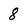
Character: 8